Physiological action of certain drugs in tablet form - Number 52A
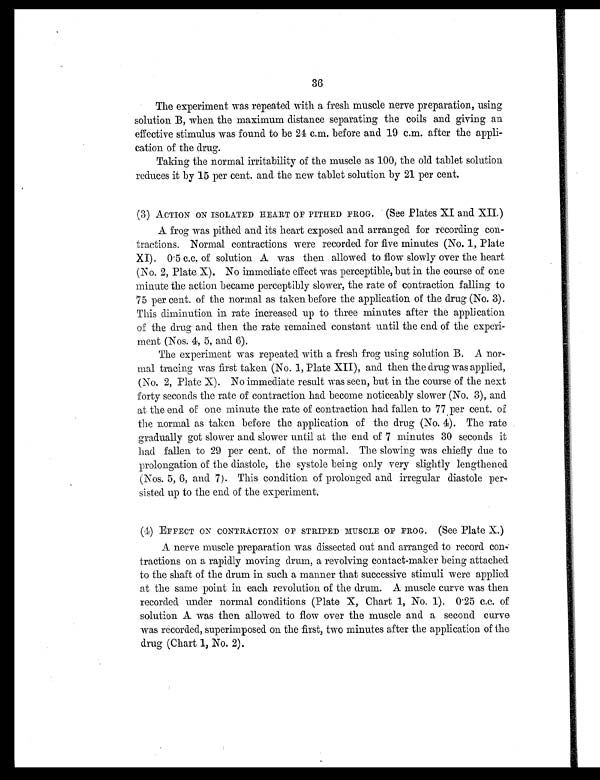
36
The experiment was repeated with a fresh muscle nerve preparation, using
solution B, when the maximum distance separating the coils and giving an
effective stimulus was found to be 24 c.m. before and 19 c.m. after the appli
-cation of the drug.
Taking the normal irritability of the muscle as 100, the old tablet solution
reduces it by 15 per cent. and the new tablet solution by 21 per cent.
(3) ACTION ON ISOLATED HEART OF PITHED FROG. (See Plates XI and XII.)
A frog was pithed and its heart exposed and arranged for recording con
-tractions. Normal contractions were recorded for five minutes (No. 1, Plate
XI). 0.5 c.c. of solution A was then allowed to flow slowly over the heart
(No. 2, Plate X). No immediate effect was perceptible, but in the course of one
minute the action became perceptibly slower, the rate of contraction falling to
75 per cent. of the normal as taken before the application of the drug (No. 3).
This diminution in rate increased up to three minutes after the application
of the drug and then the rate remained constant until the end of the experi
-ment (Nos. 4, 5, and 6).
The experiment was repeated with a fresh frog using solution B. A nor
-mal tracing was first taken (No. 1, Plate XII), and then the drug was applied,
(No. 2, Plate X). No immediate result was seen, but in the course of the next
forty seconds the rate of contraction had become noticeably slower (No. 3), and
at the end of one minute the rate of contraction had fallen to 77 per cent. of
the normal as taken before the application of the drug (No. 4). The rate
gradually got slower and slower until at the end of 7 minutes 30 seconds it
had fallen to 29 per cent. of the normal. The slowing was chiefly due to
prolongation of the diastole, the systole being only very slightly lengthened
(Nos. 5, 6, and 7). This condition of prolonged and irregular diastole per-
sisted up to the end of the experiment.
(4) EFFECT ON CONTRACTION OF STRIPED MUSCLE OF FROG. (See Plate X.)
A nerve muscle preparation was dissected out and arranged to record con
-tractions on a rapidly moving drum, a revolving contact-maker being attached
to the shaft of the drum in such a manner that successive stimuli were applied
at the same point in each revolution of the drum. A muscle curve was then
recorded under normal conditions (Plate X, Chart 1, No. 1). 0.25 c.c. of
solution A was then allowed to flow over the muscle and a second curve
was recorded, superimposed on the first, two minutes after the application of the
drug (Chart 1, No. 2).